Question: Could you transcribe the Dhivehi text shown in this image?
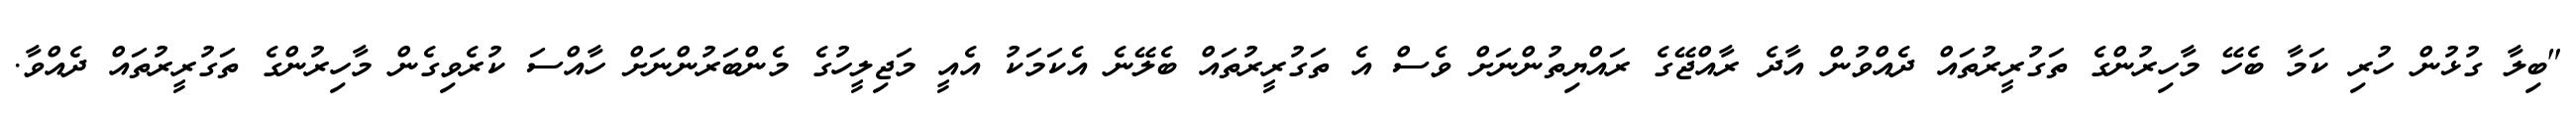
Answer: "ބިލާ ގުޅުން ހުރި ކަމާ ބެހޭ މާހިރުންގެ ތަގުރީރުތައް ދެއްވުން އާދެ ރާއްޖޭގެ ރައްޔިތުންނަށް ވެސް އެ ތަގުރީރުތައް ބެލޭނެ އެކަމަކު އެއީ މަޖިލީހުގެ މެންބަރުންނަށް ހާއްސަ ކުރެވިގެން މާހިރުންގެ ތަގުރީރުތައް ދެއްވާ.